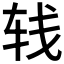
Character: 𰹼